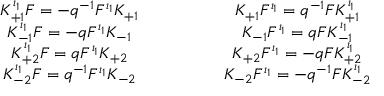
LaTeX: \begin{array} { c } { { K _ { + 1 } ^ { \iota _ { 1 } } F = - q ^ { - 1 } F ^ { \iota _ { 1 } } K _ { + 1 } } } \\ { { K _ { - 1 } ^ { \iota _ { 1 } } F = - q F ^ { \iota _ { 1 } } K _ { - 1 } } } \\ { { K _ { + 2 } ^ { \iota _ { 1 } } F = q F ^ { \iota _ { 1 } } K _ { + 2 } } } \\ { { K _ { - 2 } ^ { \iota _ { 1 } } F = q ^ { - 1 } F ^ { \iota _ { 1 } } K _ { - 2 } } } \end{array} \qquad \qquad \begin{array} { c } { { K _ { + 1 } F ^ { \iota _ { 1 } } = q ^ { - 1 } F K _ { + 1 } ^ { \iota _ { 1 } } } } \\ { { K _ { - 1 } F ^ { \iota _ { 1 } } = q F K _ { - 1 } ^ { \iota _ { 1 } } } } \\ { { K _ { + 2 } F ^ { \iota _ { 1 } } = - q F K _ { + 2 } ^ { \iota _ { 1 } } } } \\ { { K _ { - 2 } F ^ { \iota _ { 1 } } = - q ^ { - 1 } F K _ { - 2 } ^ { \iota _ { 1 } } } } \end{array}